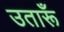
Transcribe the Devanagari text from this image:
उतारूँ